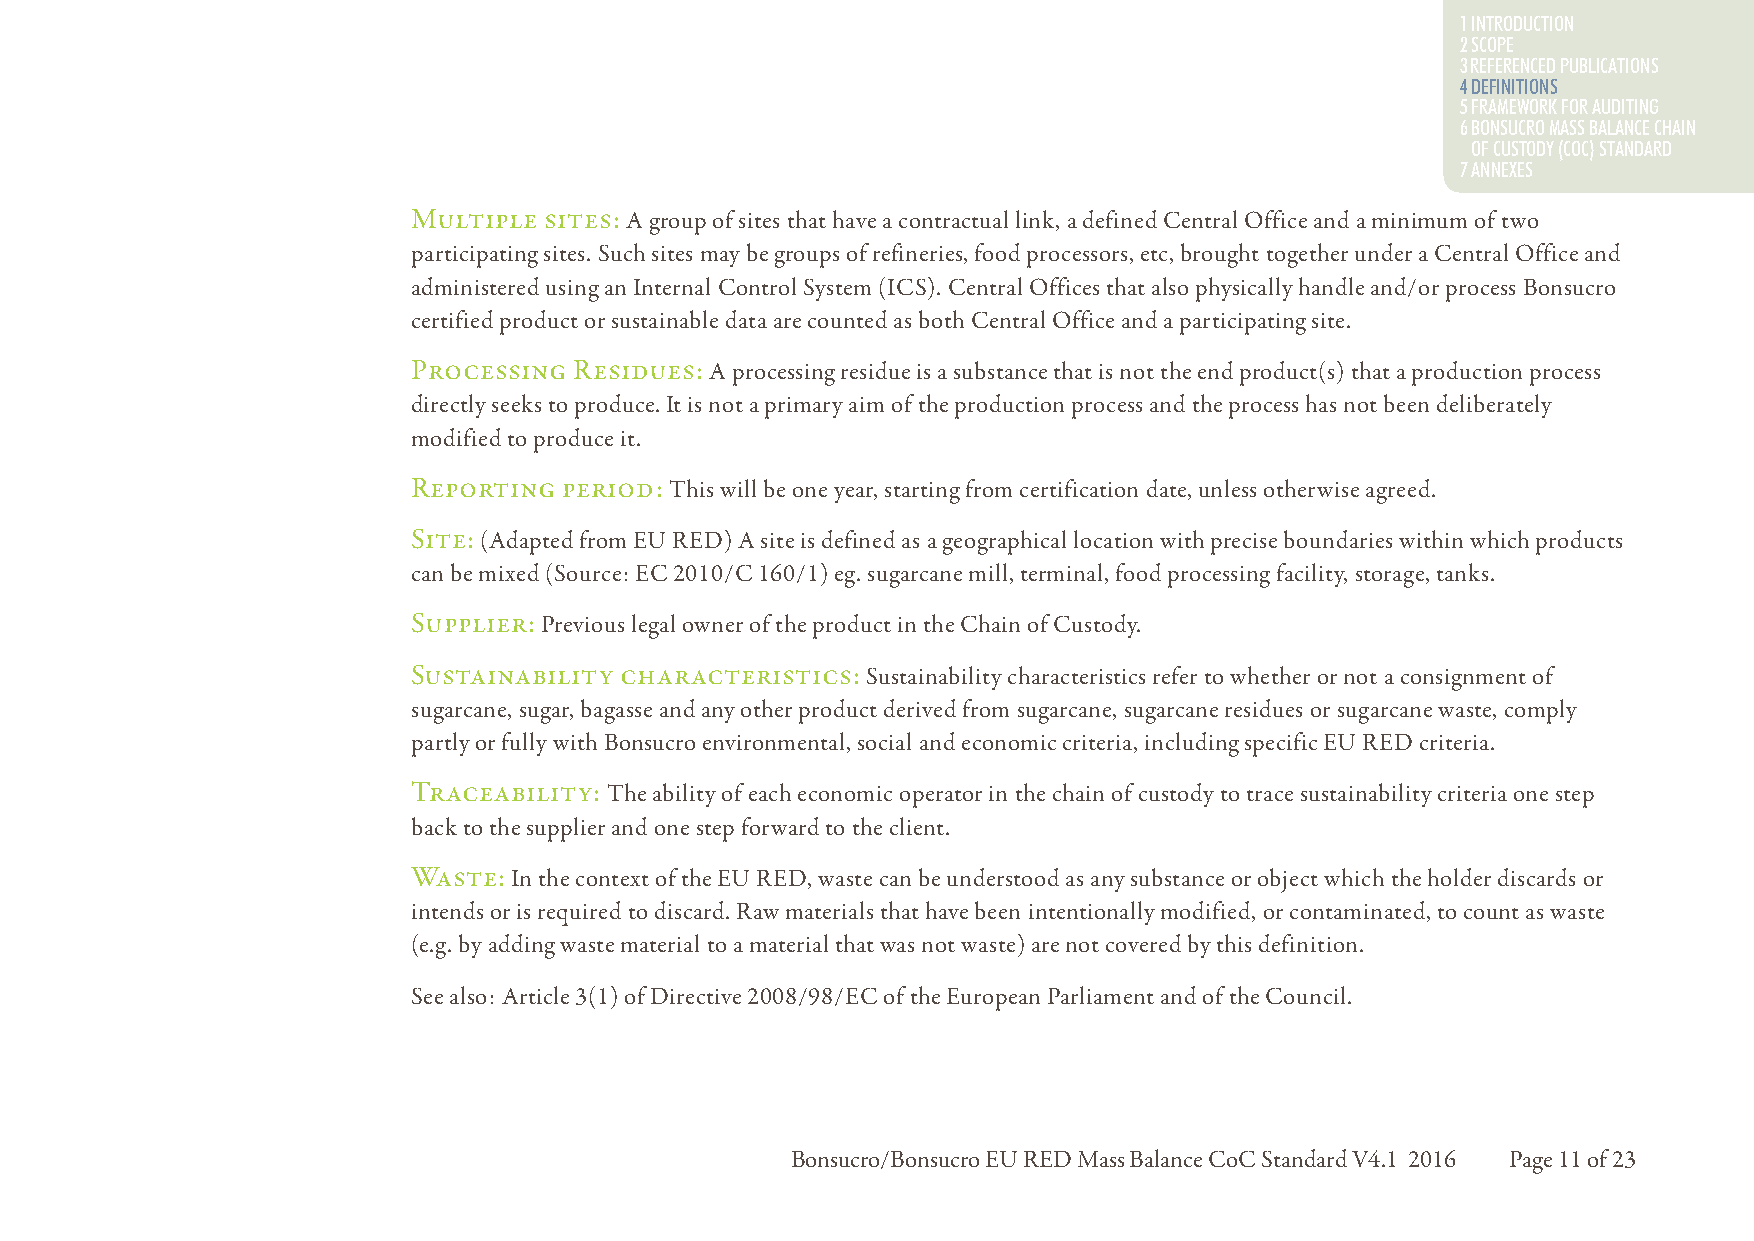
1 INTRODUCTION
 2 SCOPE
 3 REFERENCED PUBLICATIONS
 44 DDEEFFIINNIITTIIOONNSS
 5 FRAMEWORK FOR AUDITING
 6 BONSUCRO MASS BALANCE CHAIN
 OF CUSTODY (COC) STANDARD
 7 ANNEXES
 Multiple sites: A group of sites that have a contractual link, a defined Central Office and a minimum of two
 participating sites. Such sites may be groups of refineries, food processors, etc, brought together under a Central Office and
 administered using an Internal Control System (ICS). Central Offices that also physically handle and/or process Bonsucro
 certified product or sustainable data are counted as both Central Office and a participating site.
 Processing Residues: A processing residue is a substance that is not the end product(s) that a production process
 directly seeks to produce. It is not a primary aim of the production process and the process has not been deliberately
 modified to produce it.
 Reporting period: This will be one year, starting from certification date, unless otherwise agreed.
 Site: (Adapted from EU RED) A site is defined as a geographical location with precise boundaries within which products
 can be mixed (Source: EC 2010/C 160/1) eg. sugarcane mill, terminal, food processing facility, storage, tanks.
 Supplier: Previous legal owner of the product in the Chain of Custody.
 Sustainability characteristics: Sustainability characteristics refer to whether or not a consignment of
 sugarcane, sugar, bagasse and any other product derived from sugarcane, sugarcane residues or sugarcane waste, comply
 partly or fully with Bonsucro environmental, social and economic criteria, including specific EU RED criteria.
 Traceability: The ability of each economic operator in the chain of custody to trace sustainability criteria one step
 back to the supplier and one step forward to the client.
 Waste: In the context of the EU RED, waste can be understood as any substance or object which the holder discards or
 intends or is required to discard. Raw materials that have been intentionally modified, or contaminated, to count as waste
 (e.g. by adding waste material to a material that was not waste) are not covered by this definition.
 See also: Article 3(1) of Directive 2008/98/EC of the European Parliament and of the Council.
 Bonsucro/Bonsucro EU RED Mass Balance CoC Standard V4.1 2016 Page 11 of 23